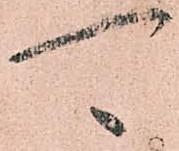
可